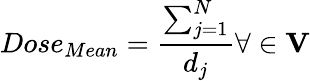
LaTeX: Dose_{Mean}=\frac{\sum_{j=1}^{N}}{d_{j}}\forall\in\mathbf{V}